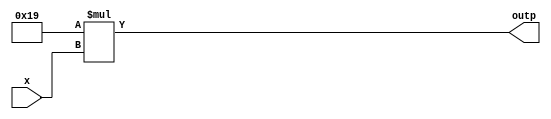
module mux16to1(
    output [8:0] outp,
    input [3:0] x
);

    assign outp = 25*x;

endmodule

module adder_reg(
    output [12:0] y,
    input acc_rst1,
    input acc_rst2,
    input clock,
    input [8:0] muxVal
);

    reg [12:0] acc;
    initial 
        acc = 13'b0;
    always @(posedge clock) begin
        // $display("acc_rst2:= ",acc_rst2);
        if(acc_rst1 == 1)
            acc = acc + {4'b0,muxVal};
        else
            acc = acc;
    end

    always @(posedge acc_rst2 or negedge acc_rst2)
        acc = 13'b0;
    
    assign y = acc;

endmodule

module dff(
    output reg q,
    output reg qbar,
    input d,
    input clock,
    input reset
);

    always @(posedge clock or reset) begin
        $display("q:=",q);
        if(reset == 1) begin
            q = 0;
            qbar = 1;
        end
        else begin
            q = d;
            qbar = ~q;
        end

    end

endmodule

module acc_rst(
    output acc_rst1,
    output acc_rst2,
    input clock,
    input reset
);

    wire [3:0] qout;
    wire [3:0] qbarout;

    dff ff1(.q(qout[0]),.qbar(qbarout[0]), .d(qbarout[0]), .clock(clock)  , .reset(reset));
    dff ff2(.q(qout[1]),.qbar(qbarout[1]), .d(qbarout[1]), .clock(qout[0]), .reset(reset));
    dff ff3(.q(qout[2]),.qbar(qbarout[2]), .d(qbarout[2]), .clock(qout[1]), .reset(reset));
    dff ff4(.q(qout[3]),.qbar(qbarout[3]), .d(qbarout[3]), .clock(qout[2]), .reset(reset));

    assign acc_rst1 = qout[2];
    assign acc_rst2 = qout[3];

    // always @(posedge clock) begin
    //     $display("q := ",{qout[3],qout[2],qout[1],qout[0]});
    // end

endmodule

module intg(
    output [12:0] y,
    input reset,
    input [3:0] x,
    input clock
);

    wire accRst1, accRst2;
    acc_rst accRst(.clock(clock),.reset(reset),.acc_rst1(accRst1), .acc_rst2(accRst2));
    wire [8:0] muxVal;
    mux16to1 mux(.x(x), .outp(muxVal));
    adder_reg adderReg(.clock(clock), .acc_rst1(accRst1), .acc_rst2(accRst2), .muxVal(muxVal), .y(y));

    always @(posedge clock) begin
        $display("%d\n",y);
    end

endmodule

module tb_intg();
    
    reg reset,clock;
    reg [3:0] x;
    wire [12:0] y;

    initial begin
            clock = 1'b0;
            reset = 1'b1;
            x = 4'd0;
        #16  reset = 1'b0;
        #8  x = 4'd10;
        #16 x = 4'd5;
        #16 x = 4'd12;
        #16 x = 4'd1;

        #16 x = 4'd13;
        #16 x = 4'd7;
        #16 x = 4'd9;
        #16 x = 4'd2;

        #16 x = 4'd11;
        #16 x = 4'd5;
        #16 x = 4'd4;
        #16 x = 4'd2;
        #200 $finish;
    end
    always
        #8 clock = ~clock;
    initial begin
        $dumpfile("file.vcd");
        $dumpvars;
    end

    intg circuit(.y(y), .reset(reset), .clock(clock), .x(x));
endmodule